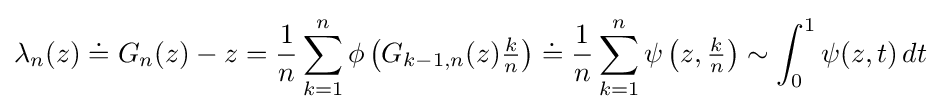
\lambda _{n}(z)\doteq G_{n}(z)-z={\frac {1}{n}}\sum _{k=1}^{n}\phi \left(G_{k-1,n}(z){\tfrac {k}{n}}\right)\doteq {\frac {1}{n}}\sum _{k=1}^{n}\psi \left(z,{\tfrac {k}{n}}\right)\sim \int _{0}^{1}\psi (z,t)\,dt